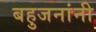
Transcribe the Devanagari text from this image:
बहुजनांनी